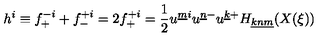
h ^ { i } \equiv f _ { + } ^ { - i } + f _ { - } ^ { + i } = 2 f _ { + } ^ { + i } = { \frac { 1 } { 2 } } u ^ { \underline { { m } } i } u ^ { \underline { { n } } - } u ^ { \underline { { k } } + } H _ { \underline { { k } } \underline { { n } } \underline { { m } } } ( X ( \xi ) )